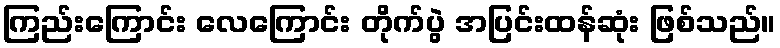
ကြည်းကြောင်း လေကြောင်း တိုက်ပွဲ အပြင်းထန်ဆုံး ဖြစ်သည်။